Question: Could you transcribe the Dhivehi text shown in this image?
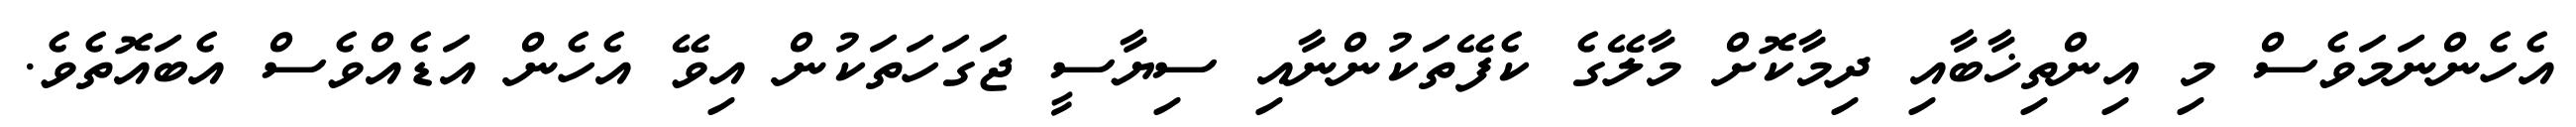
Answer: އެހެންނަމަވެސް މި އިންތިޚާބާއި ދިމާކޮށް މާލޭގެ ކެފޭތަކުންނާއި ސިޔާސީ ޖަގަހަތަކުން އިވޭ އެހެން އަޑެއްވެސް އެބައޮތެވެ.